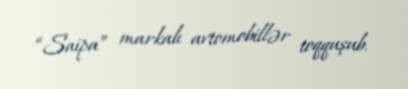
“Saipa” markalı avtomobillər toqquşub.